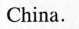
China.